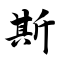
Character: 斯